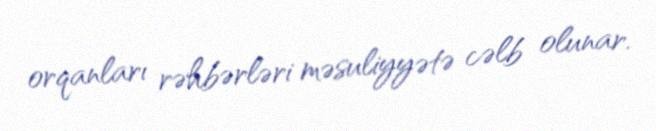
orqanları rəhbərləri məsuliyyətə cəlb olunar.